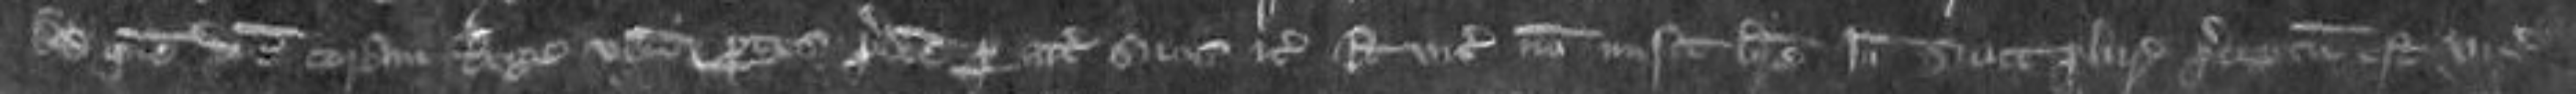
Ad quem diem coram Rege veniunt partes predictos per attornatos suos etc et vicecomes non misit breve Ideo sicut pluries preceptum est vicecomiti